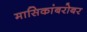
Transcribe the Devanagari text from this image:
मासिकांबरोबर